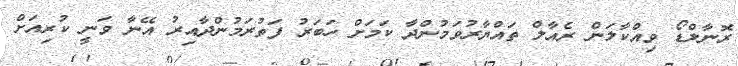
ރޮނާލްޑޯ ވިއްކާލަން ރެއާލް ތައްޔާރުވަމުންދާ ކަމަށް ހަބަރު ފަތުރަމުންދާއިރު އޭނާ ވަނީ ކުރިއަށް